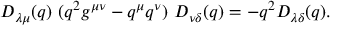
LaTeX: D _ { \lambda \mu } ( q ) \, \, ( q ^ { 2 } g ^ { \mu \nu } - q ^ { \mu } q ^ { \nu } ) \, \, D _ { \nu \delta } ( q ) = - q ^ { 2 } D _ { \lambda \delta } ( q ) .